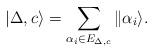
LaTeX: \begin{align*}|\Delta,c\rangle = \sum_{\alpha_i\in E_{\Delta,c}}\|\alpha_i\rangle.\end{align*}